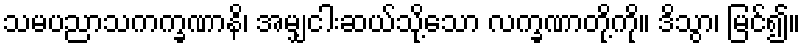
သမပညာသကက္ခဏာနိ၊ အမျှငါးဆယ်သို့သော လက္ခဏာတို့ကို။ ဒိသွာ၊ မြင်၍။